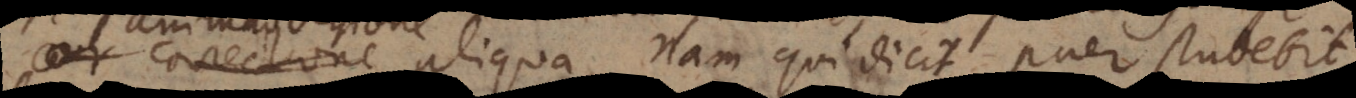
correctione aliqua, nam qui dicit puer studebit,